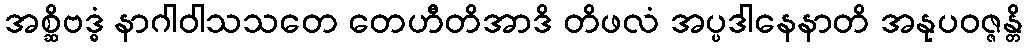
အစ္ဆိဗဒ္ဓံ နာဂါဝါသသတေ တေဟီတိအာဒိ တိဖလံ အပ္ပဒါနေနာတိ အနုပဝဇ္ဇန္တိ